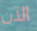
الآن